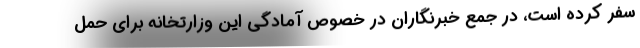
سفر کرده است، در جمع خبرنگاران در خصوص آمادگی این وزارتخانه برای حمل